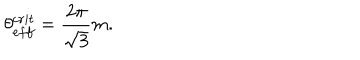
\theta _ { e f f } ^ { c r i t } = \frac { 2 \pi } { \sqrt { 3 } } m .